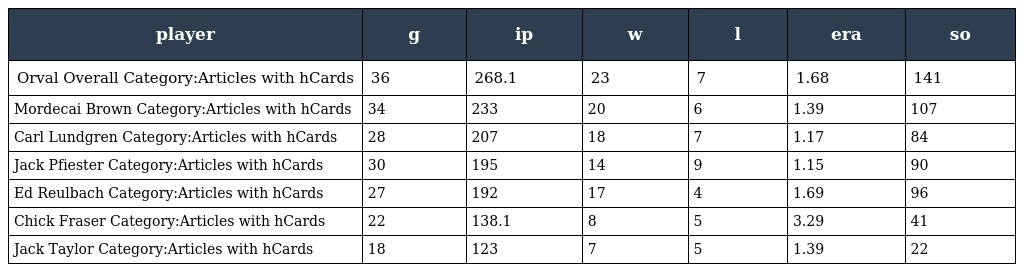
| player | g | ip | w | l | era | so |
 | --- | --- | --- | --- | --- | --- | --- |
 | Orval Overall Category:Articles with hCards | 36 | 268.1 | 23 | 7 | 1.68 | 141 |
 | Mordecai Brown Category:Articles with hCards | 34 | 233 | 20 | 6 | 1.39 | 107 |
 | Carl Lundgren Category:Articles with hCards | 28 | 207 | 18 | 7 | 1.17 | 84 |
 | Jack Pfiester Category:Articles with hCards | 30 | 195 | 14 | 9 | 1.15 | 90 |
 | Ed Reulbach Category:Articles with hCards | 27 | 192 | 17 | 4 | 1.69 | 96 |
 | Chick Fraser Category:Articles with hCards | 22 | 138.1 | 8 | 5 | 3.29 | 41 |
 | Jack Taylor Category:Articles with hCards | 18 | 123 | 7 | 5 | 1.39 | 22 |